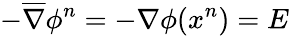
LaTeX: -\overline{{\nabla}}\phi^{n}=-\nabla\phi(x^{n})=E